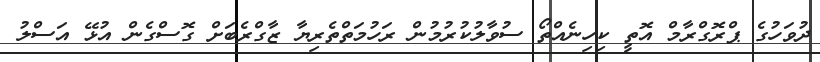
ދުވަހުގެ ޕްރޮގްރާމް އޮތީ ކިހިނެއްތޯ ސުވާލުކުރުމުން ރަހުމަތްތެރިޔާ ޒާގްރެބަށް ގޮސްގެން އުޅޭ އަސްލު